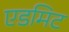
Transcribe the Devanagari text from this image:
एडमिट